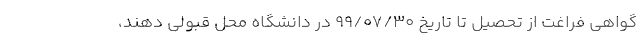
گواهی فراغت از تحصیل تا تاریخ ۹۹/۰۷/۳۰ در دانشگاه محل قبولی دهند،